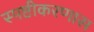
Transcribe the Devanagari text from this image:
स्पष्टीकरणास